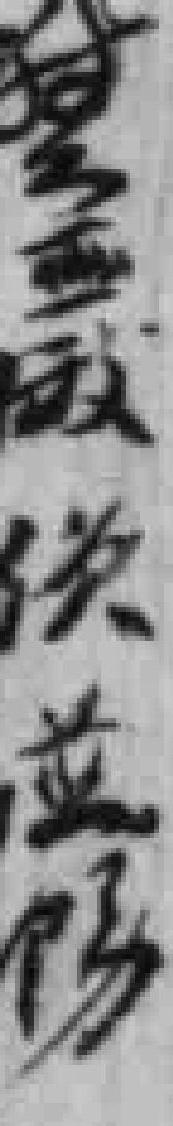
*並隊